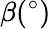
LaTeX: \beta(^{\circ})